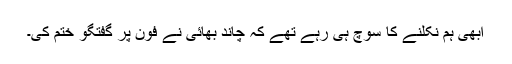
ابھی ہم نکلنے کا سوچ ہی رہے تھے کہ چاند بھائی نے فون پر گفتگو ختم کی۔